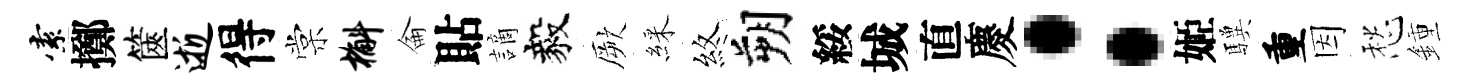
索擲篋逝得棠槲侖貼謫毅厥綵煞朔綏城直慶：姬驥重因愁鍾